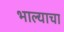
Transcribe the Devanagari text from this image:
भाल्याचा